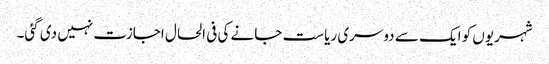
شہریوں کو ایک سے دوسری ریاست جانے کی فی الحال اجازت نہیں دی گئی۔